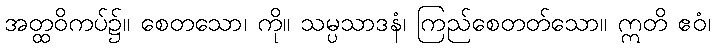
အတ္ထဝိကပ်၌။ စေတသော၊ ကို။ သမ္ပသာဒနံ၊ ကြည်စေတတ်သော။ ဣတိ ဧဝံ၊